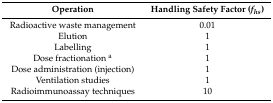
| Operation | Handling Safety Factor (fhs) |
 | --- | --- |
 | Radioactive waste management | 0.01 |
 | Elution | 1 |
 | Labelling | 1 |
 | Dose fractionation a | 1 |
 | Dose administration (injection) | 1 |
 | Ventilation studies | 1 |
 | Radioimmunoassay techniques | 10 |